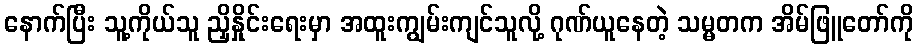
နောက်ပြီး သူ့ကိုယ်သူ ညှိနှိုင်းရေးမှာ အထူးကျွမ်းကျင်သူလို့ ဂုဏ်ယူနေတဲ့ သမ္မတက အိမ်ဖြူတော်ကို